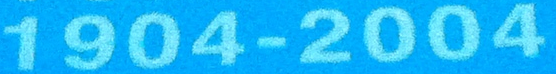
1904-2004